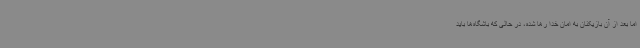
اما بعد از آن بازیکنان به امان خدا رها شده، در حالی که باشگاه‌ها باید